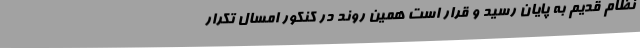
نظام قدیم به پایان رسید و قرار است همین روند در کنکور امسال تکرار